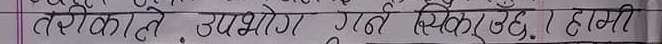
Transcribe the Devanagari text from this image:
तरीकाले उपयोग गर्ने स्विकार्यछ। हामी